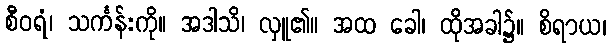
စီဝရံ၊ သင်္ကန်းကို။ အဒါသိ၊ လှူ၏။ အထ ခေါ၊ ထိုအခါ၌။ စိရာယ၊